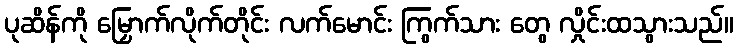
ပုဆိန်ကို မြှောက်လိုက်တိုင်း လက်မောင်း ကြွက်သား တွေ လှိုင်းထသွားသည်။